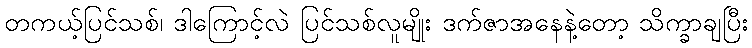
တကယ့်ပြင်သစ်၊ ဒါကြောင့်လဲ ပြင်သစ်လူမျိုး ဒက်ဇာအနေနဲ့တော့ သိက္ခာချပြီး